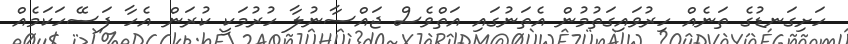
ހަށިގަނޑުގެ ތަނެއް ހިރުވައިގަތުމުން އެތަނުގައި އަތްވެސް ޖައްސާނުލާ ހުރުމަކީ ކުރަން އެހާ ފަސޭހަކަމެއް